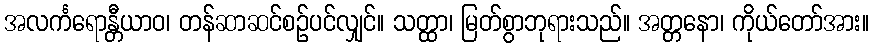
အလင်္ကရောန္တီယာဝ၊ တန်ဆာဆင်စဉ်ပင်လျှင်။ သတ္ထာ၊ မြတ်စွာဘုရားသည်။ အတ္တနော၊ ကိုယ်တော်အား။